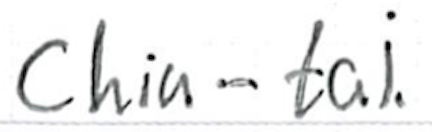
Text: Chia-tai.
Cross-out: clean
Writing tool: ballpoint